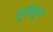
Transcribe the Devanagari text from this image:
दुर्लक्षुन